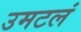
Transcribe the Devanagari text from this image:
उमटलं